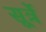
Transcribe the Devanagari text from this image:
सूर्त्रे